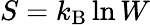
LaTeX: S=k_{\mathrm{B}}\ln W